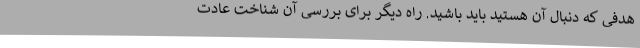
هدفی که دنبال آن هستید باید باشید. راه دیگر برای بررسی آن شناخت عادت